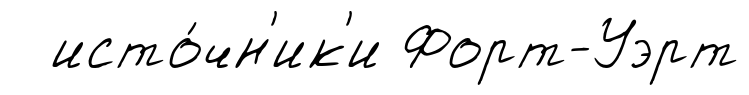
исто́чн'ик'и Форт-Уэрт